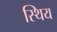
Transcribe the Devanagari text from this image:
स्थिय